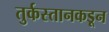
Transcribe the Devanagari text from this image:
तुर्कस्तानकडून